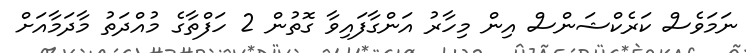
ނަމަވެސް ކަރެކްޝަންސް އިން މިހާރު އަންގާފައިވާ ގޮތުން 2 ހަފްތާގެ މުއްދަތު މާދަމާއަށް